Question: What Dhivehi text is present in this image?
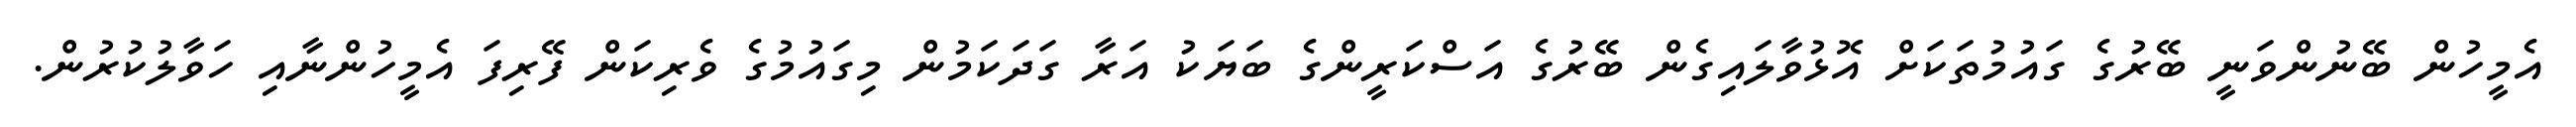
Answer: އެމީހުން ބޭނުންވަނީ ބޭރުގެ ގައުމުތަކަށް އޮޅުވާލައިގެން ބޭރުގެ އަސްކަރީންގެ ބަޔަކު އަރާ ގަދަކަމުން މިގައުމުގެ ވެރިކަން ފޭރިފަ އެމީހުންނާއި ހަވާލުކުރުން.